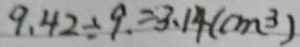
9 . 4 2 \div 9 . = 3 . 1 4 ( c m ^ { 3 } )